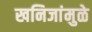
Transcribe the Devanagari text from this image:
खनिजांमुळे